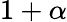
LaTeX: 1+\alpha